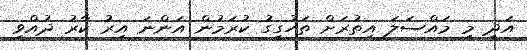
އަދި މި މައްސަލަ އިތުރަށް ތަހުގީގު ކުރަމުން އަންނަ އިރު ކާރު ދުއްވި